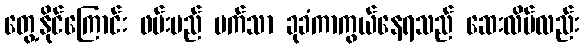
တွေ့နိုင်ကြောင်း ဖမ်းမည် မက်သာ ခုခံကာကွယ်နေရသည် ဆေးလိပ်လည်း